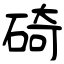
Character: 碕